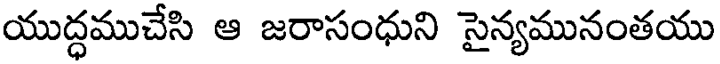
యుద్ధముచేసి ఆ జరాసంధుని సైన్యమునంతయు